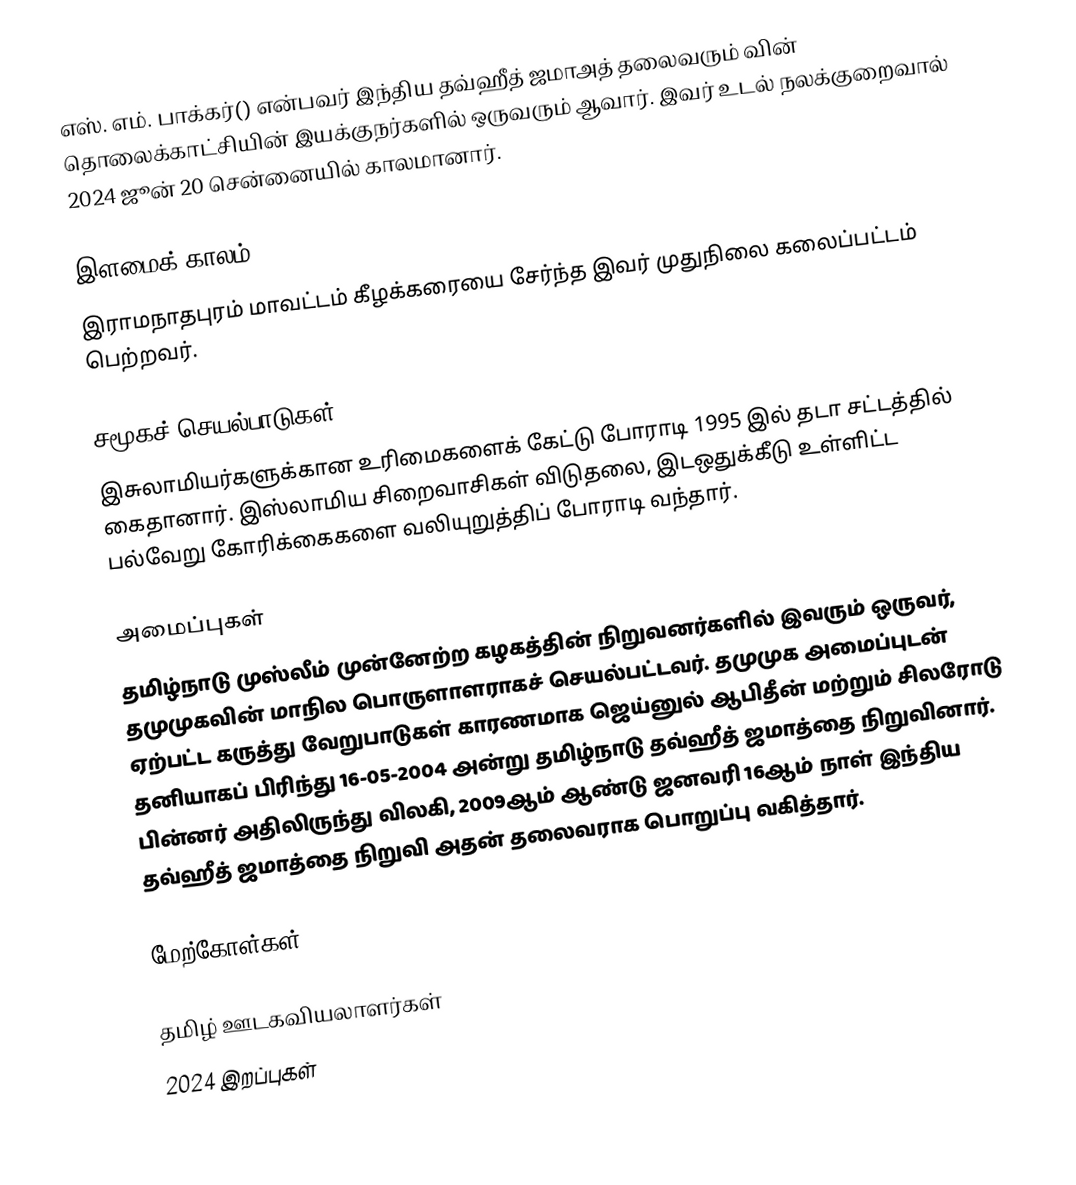
எஸ். எம். பாக்கர்() என்பவர் இந்திய தவ்ஹீத் ஜமாஅத் தலைவரும் வின் தொலைக்காட்சியின் இயக்குநர்களில் ஒருவரும் ஆவார். இவர் உடல் நலக்குறைவால் 2024 ஜூன் 20 சென்னையில் காலமானார்.

இளமைக் காலம்
இராமநாதபுரம் மாவட்டம் கீழக்கரையை சேர்ந்த இவர் முதுநிலை கலைப்பட்டம் பெற்றவர்.

சமூகச் செயல்பாடுகள்
இசுலாமியர்களுக்கான உரிமைகளைக் கேட்டு போராடி 1995 இல் தடா சட்டத்தில் கைதானார். இஸ்லாமிய சிறைவாசிகள் விடுதலை, இடஒதுக்கீடு உள்ளிட்ட பல்வேறு கோரிக்கைகளை வலியுறுத்திப் போராடி வந்தார்.

அமைப்புகள்
தமிழ்நாடு முஸ்லீம் முன்னேற்ற கழகத்தின் நிறுவனர்களில் இவரும் ஒருவர், தமுமுகவின் மாநில பொருளாளராகச் செயல்பட்டவர். தமுமுக அமைப்புடன் ஏற்பட்ட கருத்து வேறுபாடுகள் காரணமாக ஜெய்னுல் ஆபிதீன் மற்றும் சிலரோடு தனியாகப் பிரிந்து 16-05-2004 அன்று தமிழ்நாடு தவ்ஹீத் ஜமாத்தை நிறுவினார். பின்னர் அதிலிருந்து விலகி, 2009ஆம் ஆண்டு ஜனவரி 16ஆம் நாள் இந்திய தவ்ஹீத் ஜமாத்தை நிறுவி அதன் தலைவராக பொறுப்பு வகித்தார்.

மேற்கோள்கள்

தமிழ் ஊடகவியலாளர்கள்
2024 இறப்புகள்